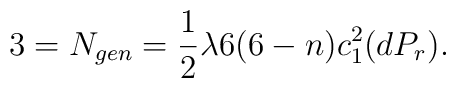
3 = N_{gen} = \frac{1}{2} \lambda 6 (6 - n) c^{2}_{1}(dP_{r}).